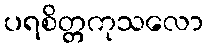
ပရစိတ္တကုသလော